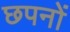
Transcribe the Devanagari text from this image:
छपनों